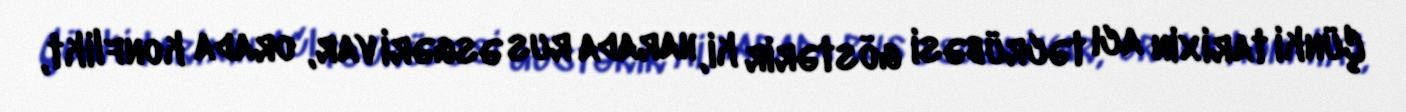
Çünki tarixin acı təcrübəsi göstərir ki, harada rus əsgəri var, orada konflikt,